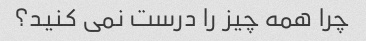
چرا همه چیز را درست نمی کنید؟